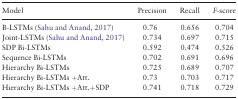
<table><thead><tr><td><b>Model</b></td><td><b>Precision</b></td><td><b>Recall</b></td><td><b><i>F</i>-score</b></td></tr></thead><tbody><tr><td>B-LSTMs (Sahu and Anand, 2017)</td><td>0.76</td><td>0.656</td><td>0.704</td></tr><tr><td>Joint-LSTMs (Sahu and Anand, 2017)</td><td>0.734</td><td>0.697</td><td>0.715</td></tr><tr><td>SDP Bi-LSTMs</td><td>0.592</td><td>0.474</td><td>0.526</td></tr><tr><td>Sequence Bi-LSTMs</td><td>0.702</td><td>0.691</td><td>0.696</td></tr><tr><td>Hierarchy Bi-LSTMs</td><td>0.725</td><td>0.689</td><td>0.707</td></tr><tr><td>Hierarchy Bi-LSTMs +Att.</td><td>0.73</td><td>0.703</td><td>0.717</td></tr><tr><td>Hierarchy Bi-LSTMs +Att.+SDP</td><td>0.741</td><td>0.718</td><td>0.729</td></tr></tbody></table>